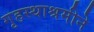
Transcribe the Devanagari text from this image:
गृहस्थाश्रमीने